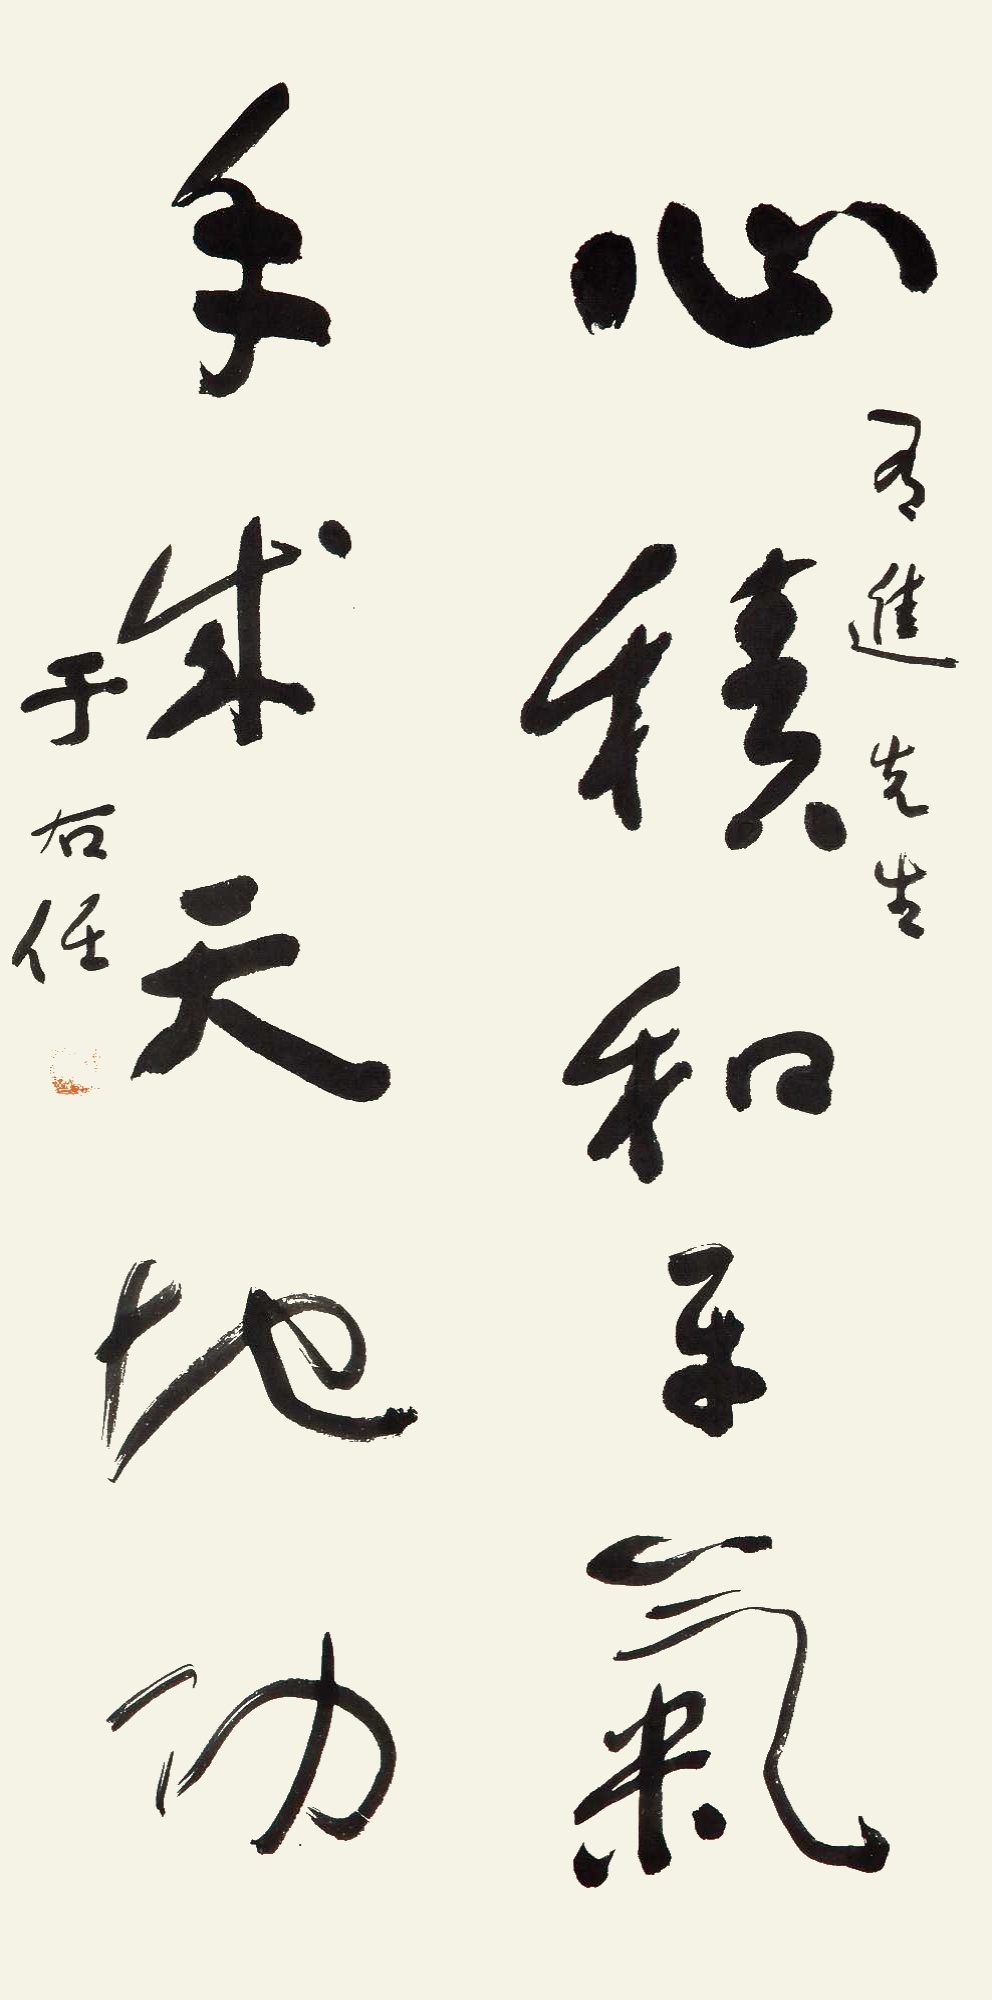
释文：心积和平气，手成天地功。有进先生。于右任。